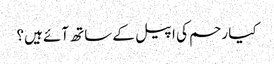
کیا رحم کی اپیل کے ساتھ آئے ہیں؟